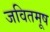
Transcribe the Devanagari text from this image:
जवितमूष